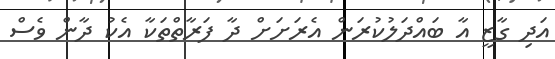
އަދި ގާޒީ އާ ބައްދަލުކުރަން އެރަށަށް ދާ ފަރާތްތަކާ އެކު ދާން ވެސް